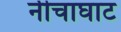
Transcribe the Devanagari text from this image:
नीचाघाट